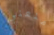
منعني